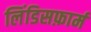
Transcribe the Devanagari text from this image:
लिंडिसफ़ार्म